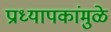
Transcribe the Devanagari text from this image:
प्राध्यापकांमुळे